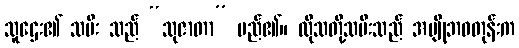
သူဌေး၏ သမီး သည် “သုဇာတာ” မည်၏။ ထိုသတို့သမီးသည် အပျိုဘဝတုန်းက